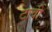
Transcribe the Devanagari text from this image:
टावी